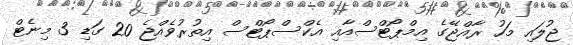
ޖުލައި މަހު ރާއްޖޭގެ އިމްޕޯޓްސްއާއި އެކްސްޕޯޓްސް އިތުރުވެއްޖެ 20 ގަޑި 3 މިނެޓް